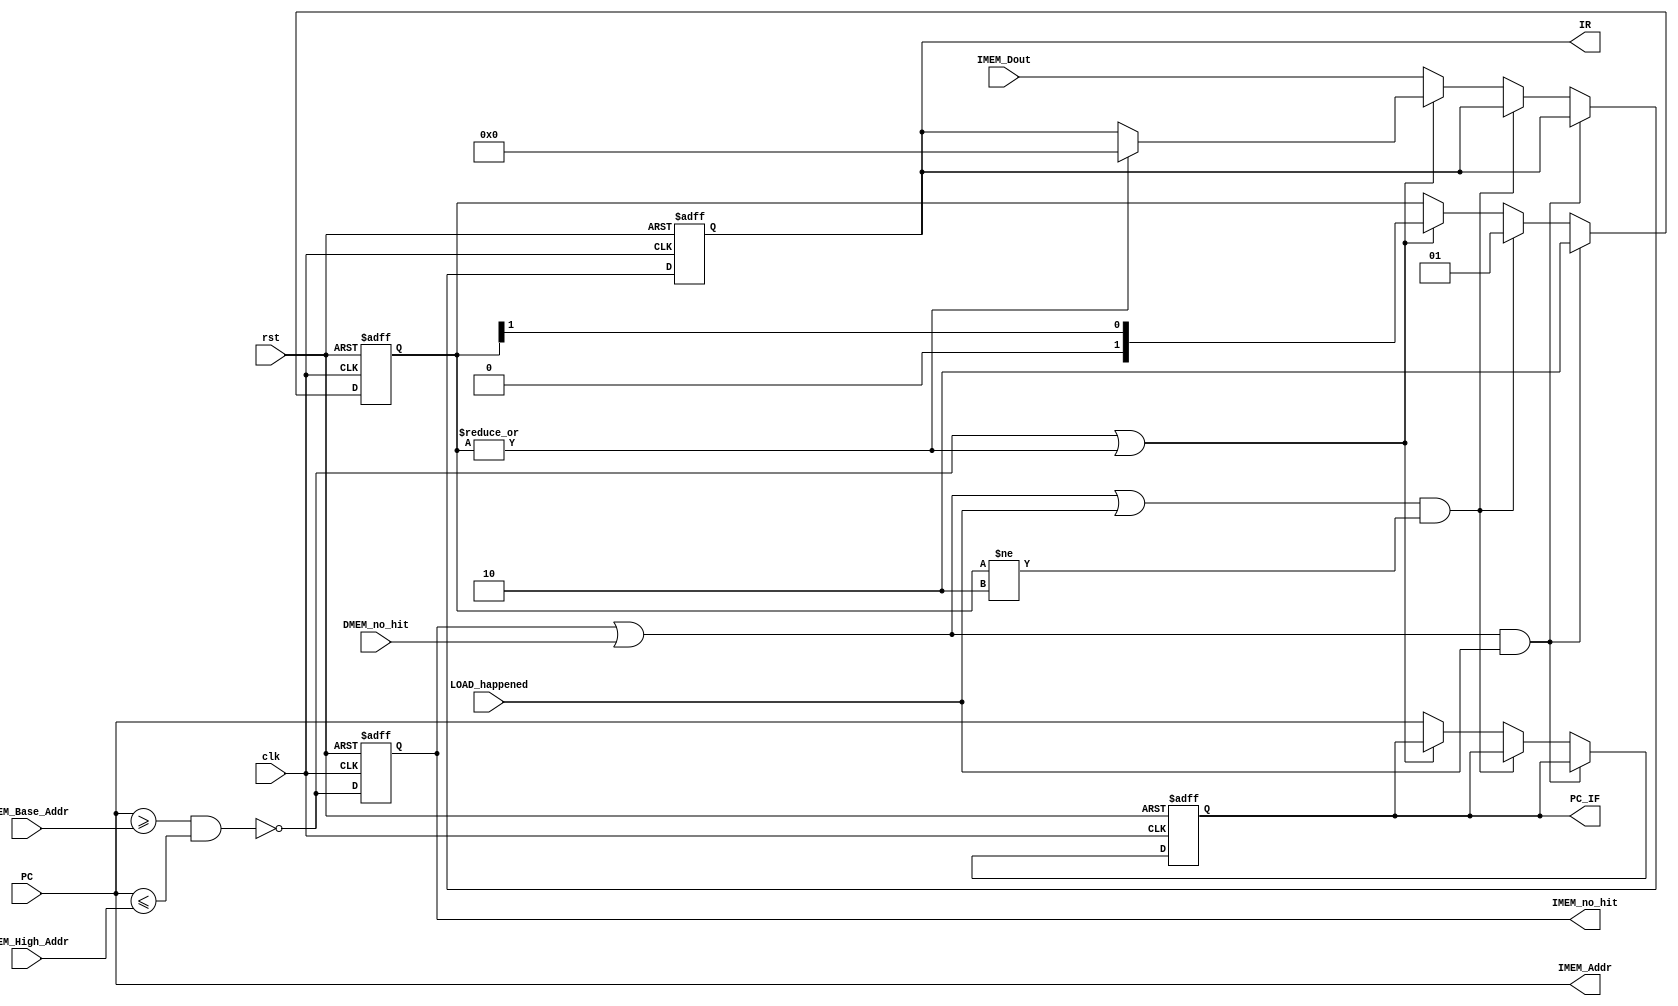
`timescale 1ns / 1ps
//////////////////////////////////////////////////////////////////////////////////

// Design Name:    KH32 & KH16
// Module Name:    CPU_IF 
// Project Name:   Throughput Processor 
// Description:    This part is the Instruction Fetch of the CPU core
//
// Revision: 1.0v
//
//////////////////////////////////////////////////////////////////////////////////
module CPU_IF(
input wire clk,
input wire rst,
input wire [31:0] PC,
input wire [31:0] IMEM_Base_Addr,
input wire [31:0] IMEM_High_Addr,
input wire [0:0] 	DMEM_no_hit,
output wire [31:0] IMEM_Addr, // 
input wire [31:0] IMEM_Dout,
output reg [0:0] IMEM_no_hit,
output reg [31:0] PC_IF,
output reg [31:0] IR,
input wire [0:0] LOAD_happened

    );
wire IMEM_no_hit_o;
assign 	IMEM_no_hit_o = !((PC >= IMEM_Base_Addr) && (PC <= IMEM_High_Addr));
assign no_hit = IMEM_no_hit | DMEM_no_hit; 
assign IMEM_Addr = PC;
reg [1:0] IF_FLUSH;

always @(posedge clk or negedge rst)
if(!rst)
begin
IMEM_no_hit <= 1'b1;
PC_IF <= 32'b0;
IR <= 32'b0;
IF_FLUSH <= 2'b01;
end
else
begin

	IMEM_no_hit <= IMEM_no_hit_o;
	if(no_hit & LOAD_happened)
	begin	
		IR <= IR;
		PC_IF <= PC_IF;
		IF_FLUSH <= 2'b10;
	end	
	else if((no_hit | LOAD_happened) & (IF_FLUSH!= 2'b10))
	begin	
		IR <= IR;
		PC_IF <= PC_IF;
		IF_FLUSH <= 2'b01;
	end		
	else 
	begin
		if(IMEM_no_hit_o | ( | IF_FLUSH))
		begin
			IR <= ( | IF_FLUSH)? 32'b0 : IR;
			PC_IF <= PC_IF;
			IF_FLUSH <=  IF_FLUSH >> 1;
		end
		else 
		begin
			IR <= IMEM_Dout;
			PC_IF <= PC;
		end
	end
end



endmodule